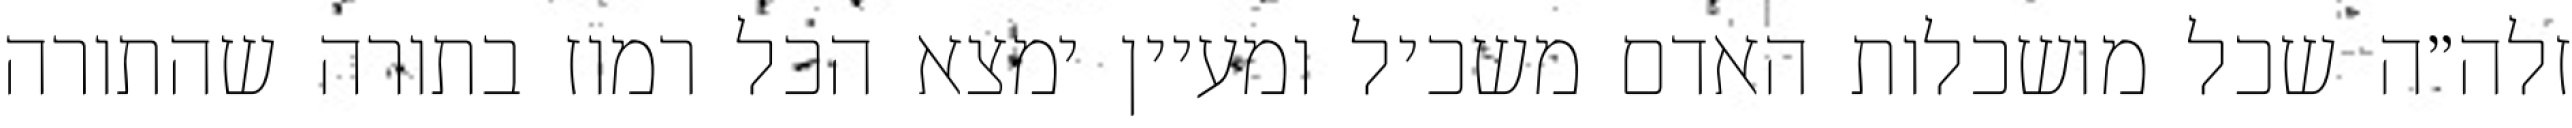
זלה״ה שכל מושכלות האדם משכיל ומעיין ימצא הכל רמוז בתורה שהתורה